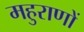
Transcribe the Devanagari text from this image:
महुराणों